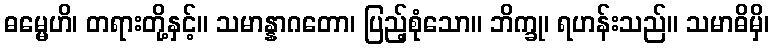
ဓမ္မေဟိ၊ တရားတို့နှင့်။ သမာန္နာဂတော၊ ပြည့်စုံသော။ ဘိက္ခု၊ ရဟန်းသည်။ သမာဓိမှိ၊